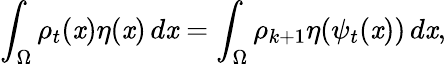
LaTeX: \int_{\Omega}\rho_{t}(\mathit{x})\eta(\mathit{x})\, d\mathit{x}=\int_{\Omega}\rho_{k+1}\eta(\psi_{t}(\mathit{x}))\, d\mathit{x},